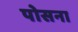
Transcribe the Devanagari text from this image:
पोसना